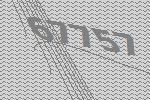
67757